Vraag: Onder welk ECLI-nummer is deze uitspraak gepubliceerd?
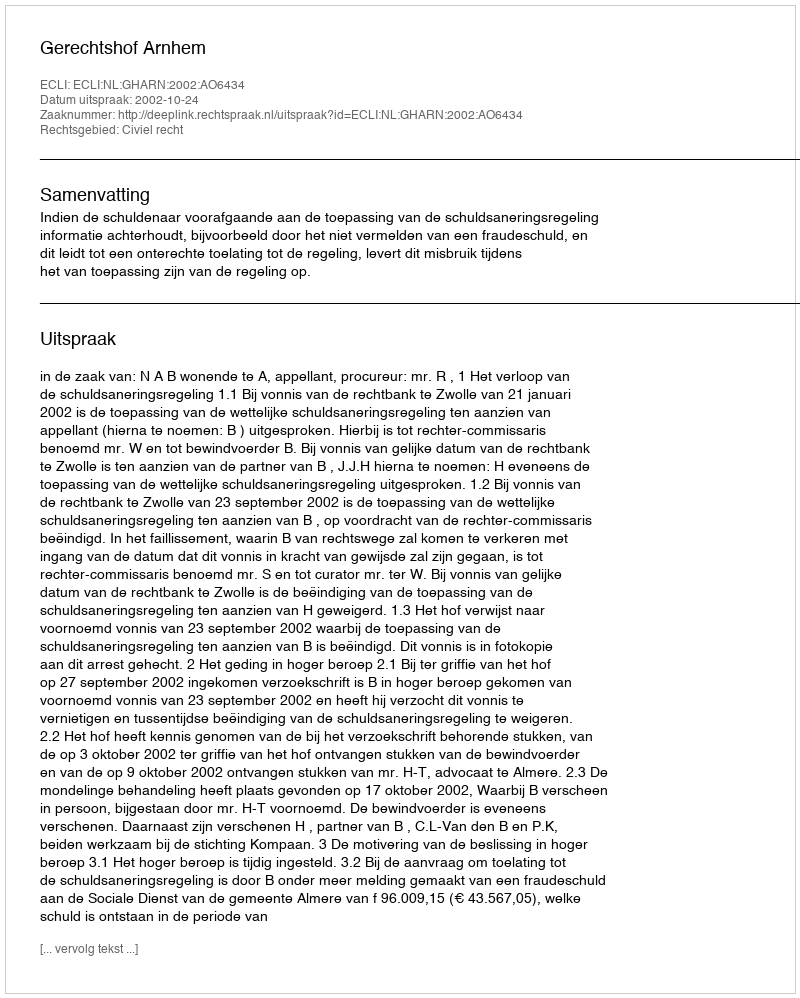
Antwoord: ECLI:NL:GHARN:2002:AO6434